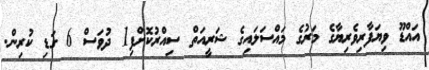
އައްޑޫ ވިޔަފާރިވެރިޔާގެ މަރުގެ މައްސަލައިގެ ޝަރީއަތް ސިއްރުކޮށްފި1 ދުވަސް 6 ގަޑި ކުރިން.